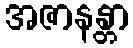
အဇာနန္တာ